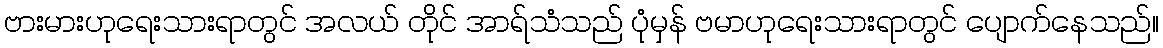
ဗားမားဟုရေးသားရာတွင် အလယ် တိုင် အာရ်သံသည် ပုံမှန် ဗမာဟုရေးသားရာတွင် ပျောက်နေသည်။